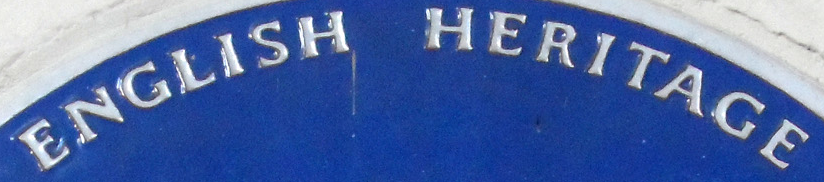
ENGLISH HERITAGE